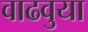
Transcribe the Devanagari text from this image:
वाढवुया